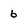
Character: 6